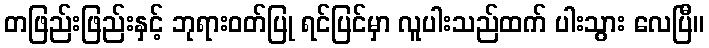
တဖြည်းဖြည်းနှင့် ဘုရားဝတ်ပြု ရင်ပြင်မှာ လူပါးသည်ထက် ပါးသွား လေပြီ။